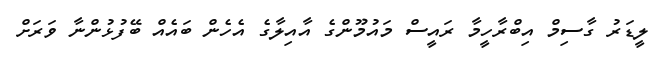
ލީޑަރު ގާސިމް އިބްރާހީމާ ރައީސް މައުމޫންގެ އާއިލާގެ އެހެން ބައެއް ބޭފުޅުންނާ ވަރަށް